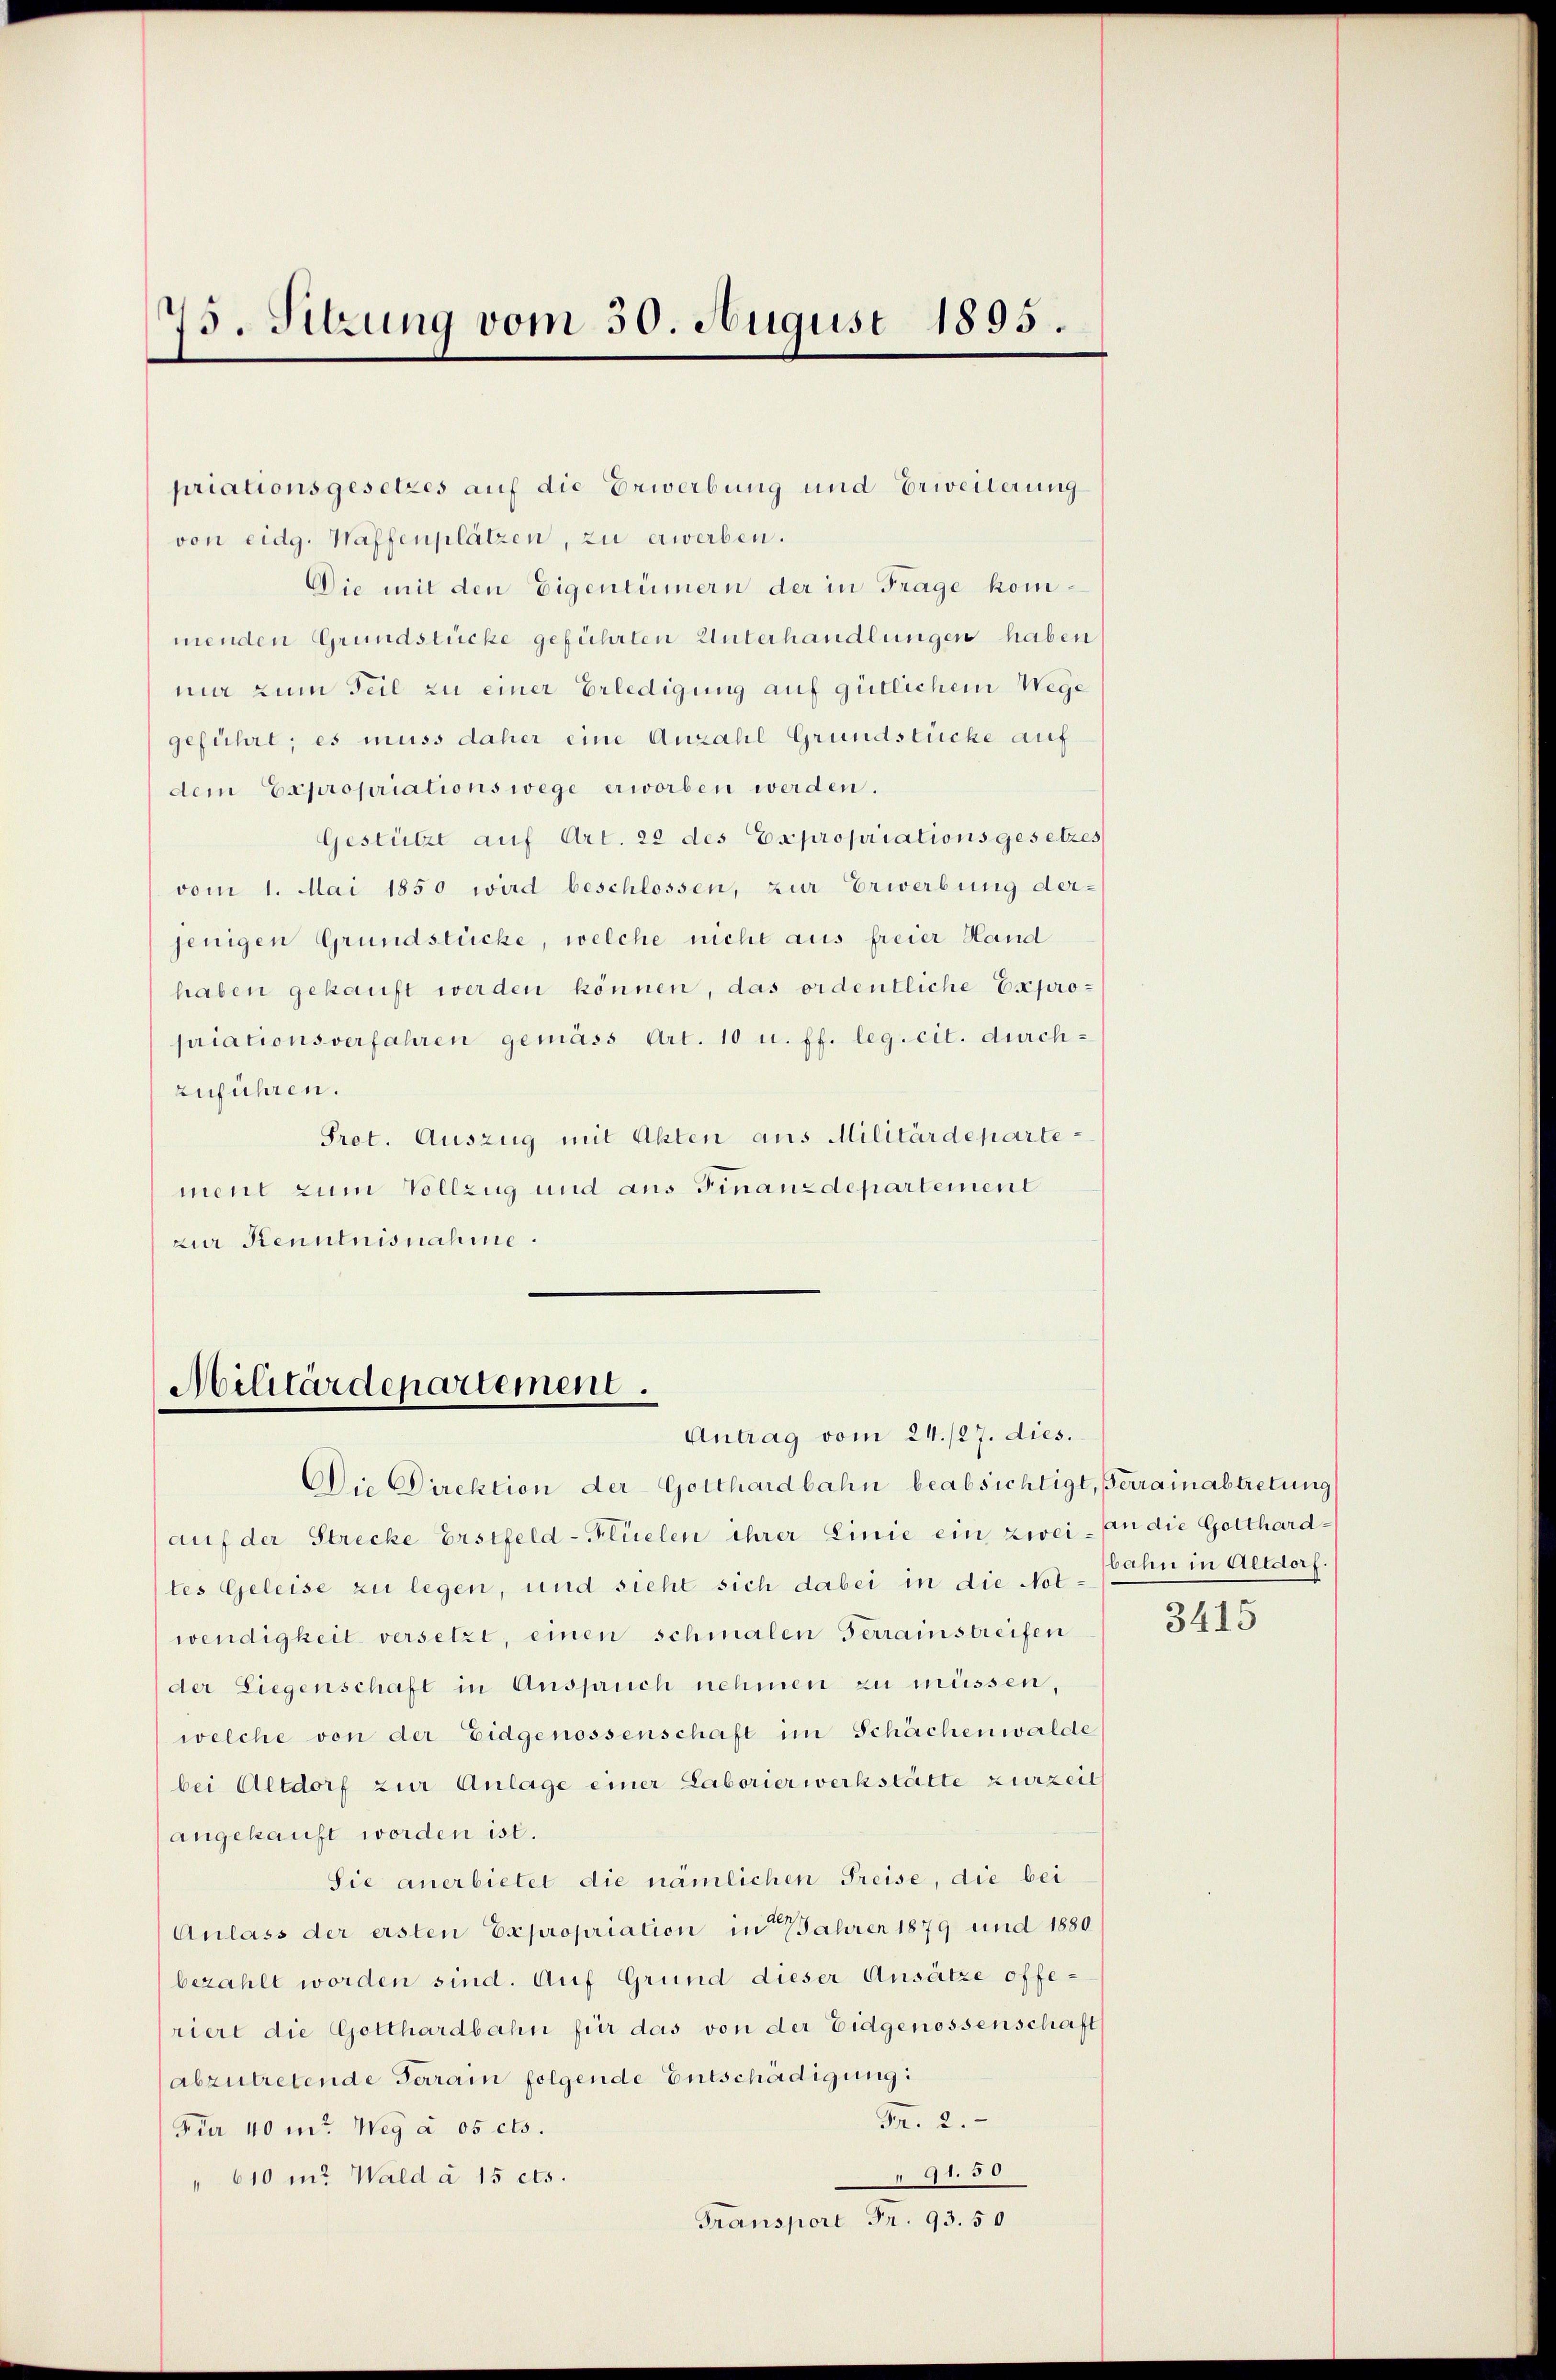
75. Sitzung vom 30. August 1895.

priationsgesetzes auf die Erwerbung und Erweiterung
von eidg. Waffenplätzen, zu erwerben.
Die mit den Eigentümern der in Frage kommenden Grundstücke geführten Unterhandlungen haben
nur zum Teil zu einer Erledigung auf gütlichem Wege
geführt; es muss daher eine Anzahl Grundstücke auf
dem Expropriations wege erworben werden.
Gestützt auf Art. 22 des Expropriationsgesetzes
vom 1. Mai 1850 wird beschlossen, zur Erwerbung derjenigen Grundstücke, welche nicht aus freier Hand
haben gekauft werden können, das ordentliche Expropriationsverfahren gemäss Art. 10 u. ff. leg. cit. durchzuführen.
Prot. Auszug mit Akten aus Militärdepartement zum Vollzug und aus Finanzdepartement
zur Kenntnisnahme.

Militärdepartement.
Antrag vom 24. 127. dies.

Die Direktion der Gotthardbahn beabsichtigt, Gerrainabtretung
(auf der Strecke Erstfeld-Flüelen ihrer Linie ein zwei - an die Gotthardtes Geleise zu legen, und sieht sich dabei in die Not-Bahn in Altdorf.
wendigkeit versetzt, einen schmalen Ferrainstreifen
der Liegenschaft in Anspruch nehmen zu müssen,
welche von der Eidgenossenschaft im Schächenwalde
bei Altdorf zur Anlage einer Laborierwerkstätte zurzeit
angekauft worden ist.
Sie anerbietet die nämlichen Preise, die bei
Aulass der ersten Expropriation in Jahren 1879 und 1880
bezahlt worden sind. Auf Grund dieser Ansätze offeriert die Gotthardbahn für das von der Eidgenossenschaft
abzutretende Terrain folgende Entschädigung:
Fr. 2.
Für 40 m Weg à 05 cts.
91.50
" 610 in: Wald d 15 cts.
Transport Fr. 93. 50

3415